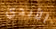
الأبدي